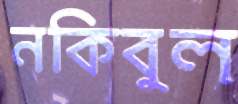
নকিবুল